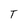
Character: T